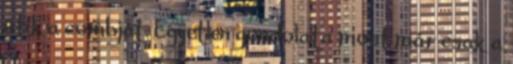
ütik a combját. Egyetlen gondolata most már csak a